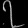
Digit: ၇